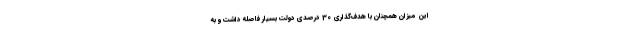
این میزان همچنان با هدف‌گذاری 30 درصدی دولت بسیار فاصله داشت و به